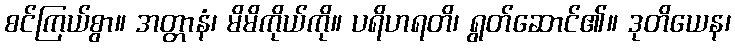
စင်ကြယ်စွာ။ အတ္တာနံ၊ မိမိကိုယ်ကို။ ပရိဟရတိ၊ ရွတ်ဆောင်၏။ ဒုတိယေန၊